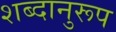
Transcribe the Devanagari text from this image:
शब्दानुरूप